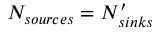
N _ { s o u r c e s } = N _ { s i n k s } ^ { \prime }